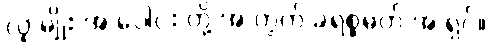
လူ မျိုး အ ပေါင်း တို့ အ တွက် ခရစ္စမတ် အ ရှင်။